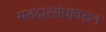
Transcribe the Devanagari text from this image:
मतदारसंघावरून